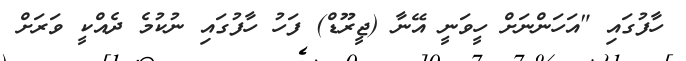
ހާފުގައި "އަހަންނަށް ހީވަނީ އޭނާ (ޖީރޫޑް) ފަހު ހާފުގައި ނުކުމެ ދެއްކީ ވަރަށް